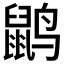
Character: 𲎇